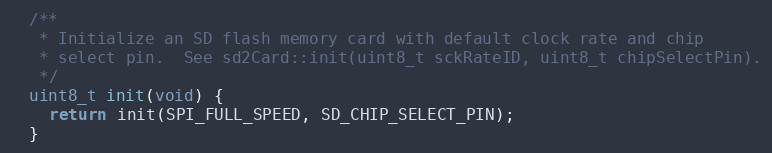
Language: C
  /**
   * Initialize an SD flash memory card with default clock rate and chip
   * select pin.  See sd2Card::init(uint8_t sckRateID, uint8_t chipSelectPin).
   */
  uint8_t init(void) {
    return init(SPI_FULL_SPEED, SD_CHIP_SELECT_PIN);
  }